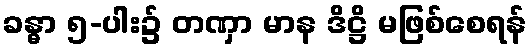
ခန္ဓာ ၅-ပါး၌ တဏှာ မာန ဒိဋ္ဌိ မဖြစ်စေရန်